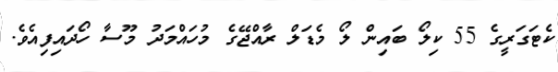
ކެޓަގަރީގެ 55 ކިލޯ ބައިން ލޯ މެޑަލް ރާއްޖޭގެ މުހައްމަދު މޫސާ ހޯދައިފިއެވެ.